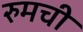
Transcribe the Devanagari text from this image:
रुमची